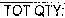
TOT QTY: